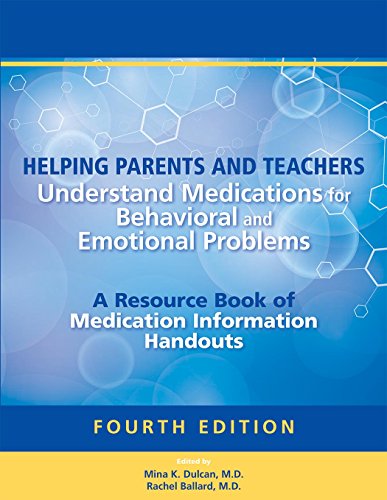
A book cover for Helping Parents and Teachers Understand Medications for Behavioral and Emotional Problems: A Resource Book of Medication Information Handouts; Mina K. Dulcan; Medical Books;